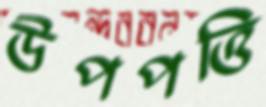
উপপত্তি